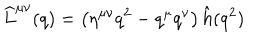
\widehat L ^ { \mu \nu } ( q ) = \left( \eta ^ { \mu \nu } q ^ { 2 } - q ^ { \mu } q ^ { \nu } \right) \hat { h } ( q ^ { 2 } )